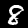
Digit: 8